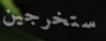
ستخرجين